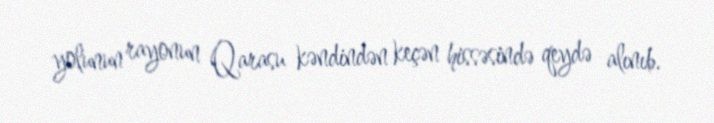
yolunun rayonun Qarasu kəndindən keçən hissəsində qeydə alınıb.